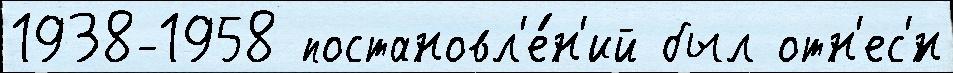
1938-1958 постановл'е́н'ий был отн'ес'́н